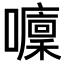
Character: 𡄁